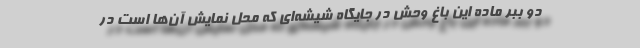
دو ببر ماده این باغ وحش در جایگاه شیشه‌ای که محل نمایش آن‌ها است در